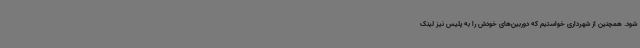
شود. همچنین از شهرداری خواستیم که دوربین‌های خودش را به پلیس نیز لینک